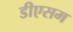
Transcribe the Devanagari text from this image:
डीएसम